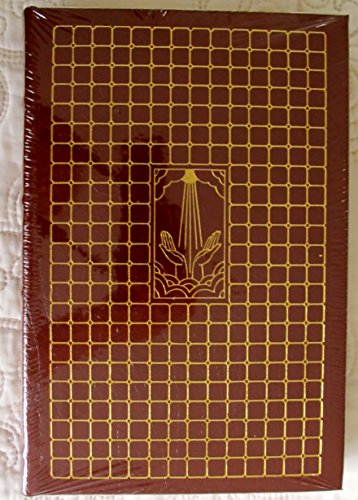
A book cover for Paradise Lost (The 100 Greatest Books Ever Written); John Milton; Christian Books & Bibles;